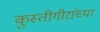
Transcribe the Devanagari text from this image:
कुस्तीगीरांच्या